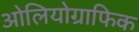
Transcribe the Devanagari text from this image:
ओलियोग्राफिक